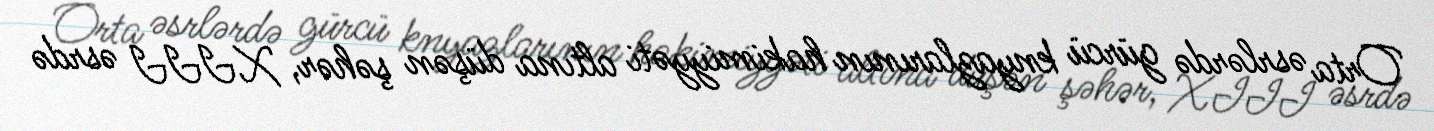
Orta əsrlərdə gürcü knyazlarının hakimiyyəti altına düşən şəhər, XIII əsrdə